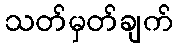
သတ်မှတ်ချက်